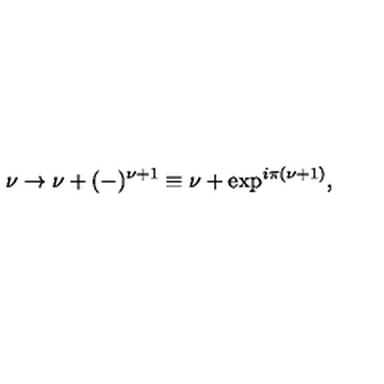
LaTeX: \nu \rightarrow \nu + ( - ) ^ { \nu + 1 } \equiv \nu + \exp ^ { i \pi { ( \nu + 1 } ) } ,